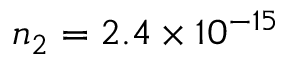
n _ { 2 } = 2 . 4 \times 1 0 ^ { - 1 5 }